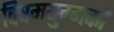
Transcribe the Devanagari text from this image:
विषमयुग्मकों